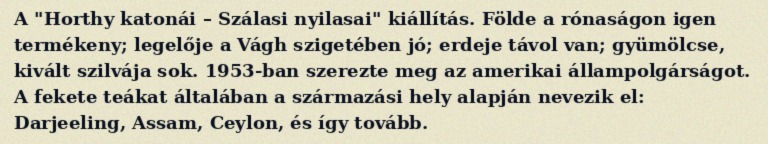
A "Horthy katonái – Szálasi nyilasai" kiállítás. Földe a rónaságon igen termékeny; legelője a Vágh szigetében jó; erdeje távol van; gyümölcse, kivált szilvája sok. 1953-ban szerezte meg az amerikai állampolgárságot. A fekete teákat általában a származási hely alapján nevezik el: Darjeeling, Assam, Ceylon, és így tovább.